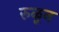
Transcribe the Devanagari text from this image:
रुळून